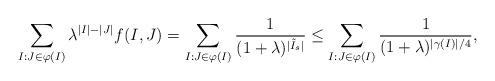
LaTeX: \begin{align*}\sum_{I:J \in \varphi(I)} \lambda^{|I|-|J|}f(I,J) = \sum_{I:J \in \varphi(I)}\frac{1}{(1+\lambda)^{|\tilde{I}_s|}}\le \sum_{I:J \in \varphi(I)}\frac{1}{(1+\lambda)^{|\gamma(I)|/4}}, \end{align*}